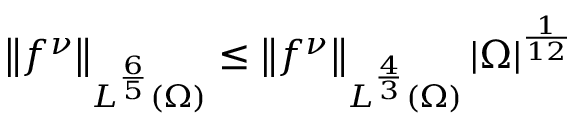
\left\lVert f ^ { \nu } \right\rVert _ { L ^ { \frac 6 5 } ( \Omega ) } \le \left\lVert f ^ { \nu } \right\rVert _ { L ^ { \frac 4 3 } ( \Omega ) } | \Omega | ^ { \frac 1 { 1 2 } }